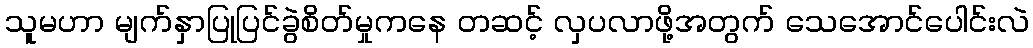
သူမဟာ မျက်နှာပြုပြင်ခွဲစိတ်မှုကနေ တဆင့် လှပလာဖို့အတွက် သေအောင်ပေါင်းလဲ